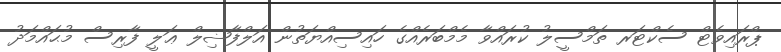
ޕްރައިވެޓް ސެކްޓަރ ތަމްސީލު ކުރައްވާ މެމްބަރެއްގެ ހައިސިއްޔަތުން އަލްފާޟިލް ޢަލީ ފާރިސް މުޙައްމަދު